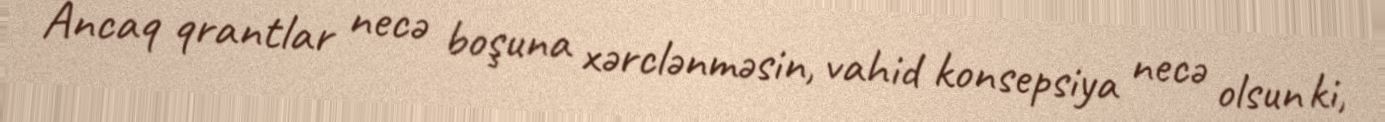
Ancaq qrantlar necə boşuna xərclənməsin, vahid konsepsiya necə olsun ki,